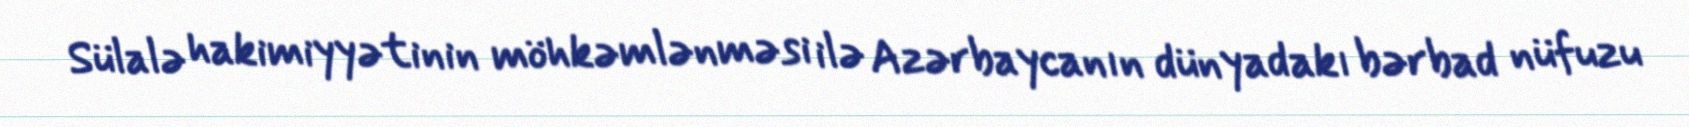
Sülalə hakimiyyətinin möhkəmlənməsi ilə Azərbaycanın dünyadakı bərbad nüfuzu